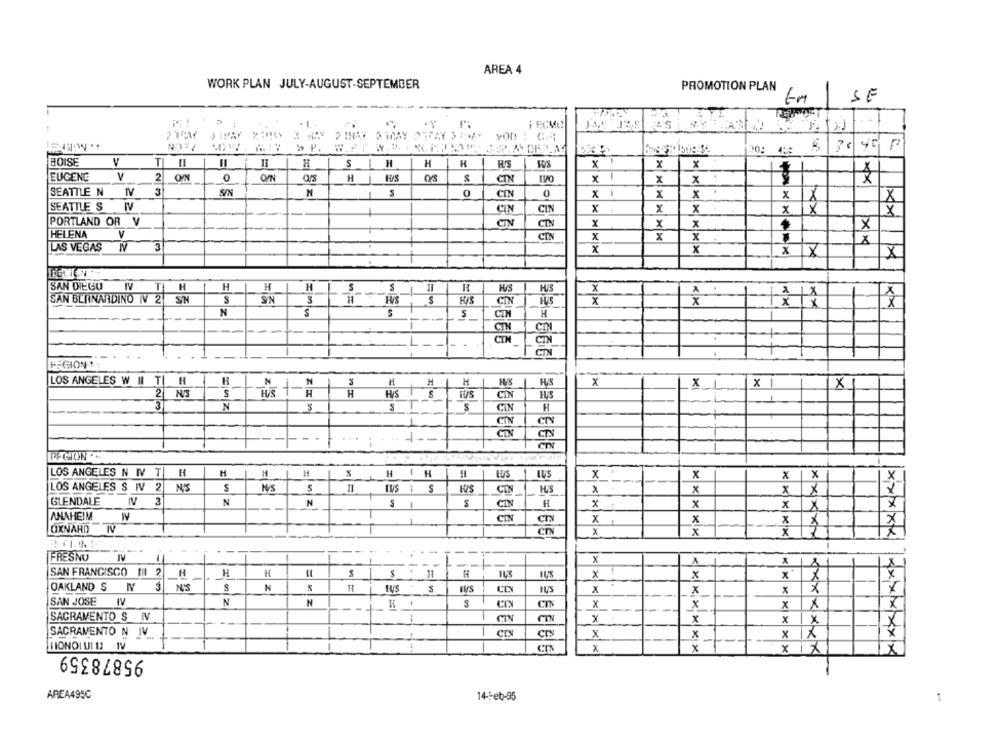
AREA 4
WORK PLAN JULY-AUGUST-SEPTEMBER
PROMOTION PLAN
EM
SE
7:CN
PINAR STMAY 23FAY 31-4
20: 43:
BOISE
V
H
H
H
H
1
X 1
x
x
EUGENE
V
2
0
OFN
H
H/S
CIN
X
-
x
x
XX
SEATTLE N IV
3
S/N
N
S
0
CIN
0
xi
x
x
x
1
1
SEATTLE S IV
CIN
CIN
x
x
××
PORTLAND OR V
CIN
CIN
x
x
x
HELENA
V
CIN
x
x
x
XX
LAS VEGAS
3
x
x
XX
X
SAN DIEGU
NV TH
H
H
H
H
HIS
HIS
1
X
SAN BERNARDINO IV 2 S/N
S
S/N
S
H/S
CIN
HUS
X
x
1x
+X
XX
S
N
5
CIN
H
CTM
CON
---
CT
CTM
- -
CIN
F GION
LOS ANGELES W | T| H
H
N
N
H
H
H
x
x
x
X1
2 N3
S
+-
H
H
H/S
HUS
CIN
1
3
N
T
S
CIN
CIN
BEIA
...
CIN
CIN
1 --
PPGION --
LOS ANGELES N IV T| H
H
1
H
H
H
H
IUS
x
x
×
LOS ANGELES S IV 2
S
N/S
S
IUS 1 S
CIN
x
XX
GLENDALE
IV 3
N
N
S
1
S
CIN
H
x
x
x
X
ANAHEIM
W
CIN
x
×
CIN
x :
x
×
OXNARD IV
cn
x
x
x
X
----
FRESNU
IV
11
X
S
SAN FRANCISCO III 2
H
H
H
-
x
x
x*
OAKLAND S IY 3
N'S
N
x
x
SAN JOSE
IV
N
N
S
CIN
x
x
x
X
xxx
SACRAMENTO S IV
-
CIN
CIN
×
x
x
x
SACRAMENTO N IV
CIN
x
X
x
HONOLULU IV
95878359
x
X
X
X
AREA495C
14-Feb-95
1